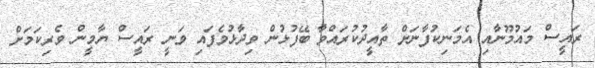
ރައީސް މައުމޫނާއި އެމަނިކުފާނަށް ތާއީދުކުރައްވާ ބޭފުޅުން ވިދާޅުވެފައި ވަނީ ރައީސް ޔާމީން ވެރިކަމަށް